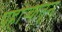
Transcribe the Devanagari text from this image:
पहार्‍यातून